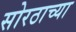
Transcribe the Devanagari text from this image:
सोरठाच्या